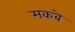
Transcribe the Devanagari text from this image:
मकबे